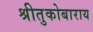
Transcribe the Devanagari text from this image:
श्रीतुकोबाराय